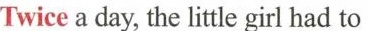
Twice a day, the little girl had to